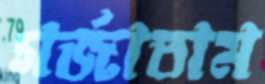
গর্‌জাতাম